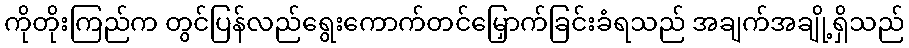
ကိုတိုးကြည်က တွင်ပြန်လည်ရွေးကောက်တင်မြှောက်ခြင်းခံရသည် အချက်အချို့ရှိသည်